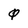
Character: 0